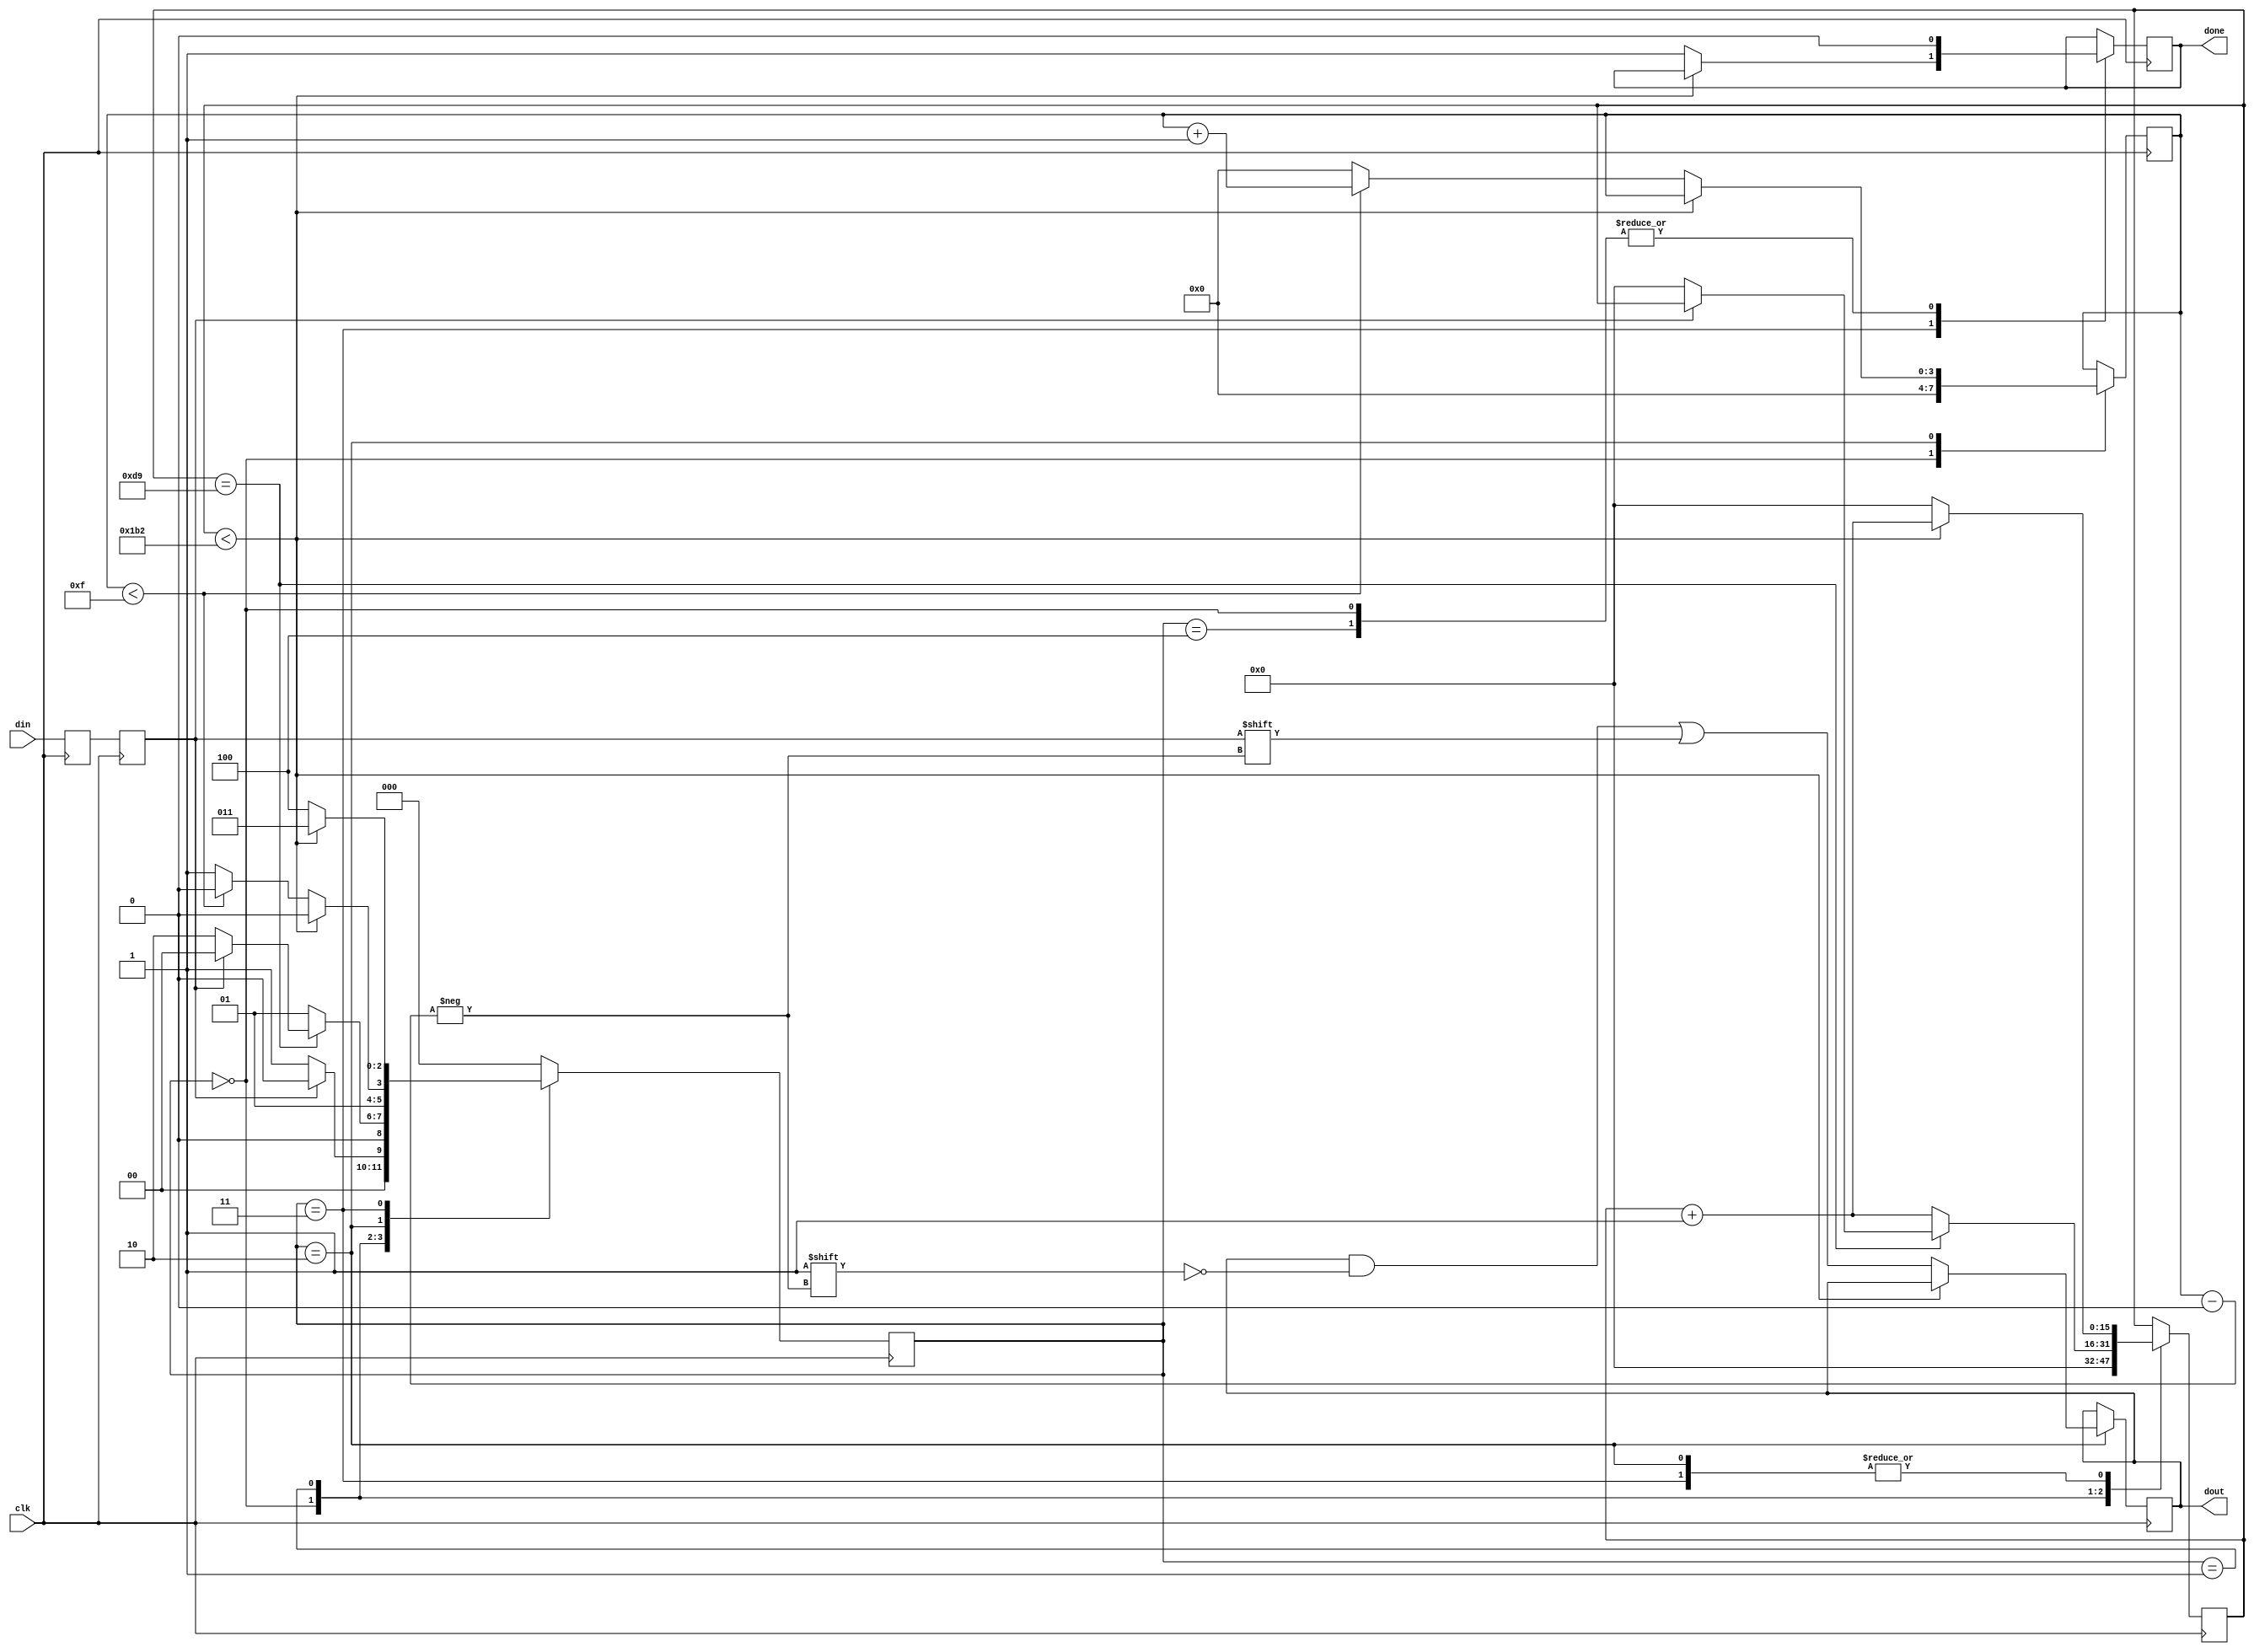
`timescale 1ns / 1ps

module uart_rx
  (
   input         clk,
   input         din,
   output        done,
   output [15:0] dout
   );
    
  // 50000000 / 115200 = 435
  parameter CLKS_PER_BIT = 435;	 
	 
  parameter s_IDLE         = 3'b000;
  parameter s_RX_START_BIT = 3'b001;
  parameter s_RX_DATA_BITS = 3'b010;
  parameter s_RX_STOP_BIT  = 3'b011;
  parameter s_CLEANUP      = 3'b100;
   
  reg           r_Rx_Data_R = 1'b1;
  reg           r_Rx_Data   = 1'b1;
   
  reg [15:0]     r_Clock_Count = 0;
  reg [3:0]      r_Bit_Index   = 0;
  reg [15:0]     r_Rx_Byte     = 0;
  reg            r_Rx_DV       = 0;
  reg [2:0]      r_SM_Main     = 0;
   
  // Purpose: Double-register the incoming data.
  // This allows it to be used in the UART RX Clock Domain.
  // (It removes problems caused by metastability)
  always @(posedge clk)
    begin
      r_Rx_Data_R <= din;
      r_Rx_Data   <= r_Rx_Data_R;
    end
   
   
  // Purpose: Control RX state machine
  always @(posedge clk)
    begin
       
      case (r_SM_Main)
        s_IDLE :
          begin
            r_Rx_DV       <= 1'b0;
            r_Clock_Count <= 0;
            r_Bit_Index   <= 0;
             
            if (r_Rx_Data == 1'b0)          // Start bit detected
              r_SM_Main <= s_RX_START_BIT;
            else
              r_SM_Main <= s_IDLE;
          end
         
        // Check middle of start bit to make sure it's still low
        s_RX_START_BIT :
          begin
            if (r_Clock_Count == (CLKS_PER_BIT-1)/2)
              begin
                if (r_Rx_Data == 1'b0)
                  begin
                    r_Clock_Count <= 0;  // reset counter, found the middle
                    r_SM_Main     <= s_RX_DATA_BITS;
                  end
                else
                  r_SM_Main <= s_IDLE;
              end
            else
              begin
                r_Clock_Count <= r_Clock_Count + 1;
                r_SM_Main     <= s_RX_START_BIT;
              end
          end // case: s_RX_START_BIT
         
         
        // Wait CLKS_PER_BIT-1 clock cycles to sample serial data
        s_RX_DATA_BITS :
          begin
            if (r_Clock_Count < CLKS_PER_BIT-1)
              begin
                r_Clock_Count <= r_Clock_Count + 1;
                r_SM_Main     <= s_RX_DATA_BITS;
              end
            else
              begin
                r_Clock_Count          <= 0;
                r_Rx_Byte[r_Bit_Index] <= r_Rx_Data;
                 
                // Check if we have received all bits
                if (r_Bit_Index < 15)
                  begin
                    r_Bit_Index <= r_Bit_Index + 1;
                    r_SM_Main   <= s_RX_DATA_BITS;
                  end
                else
                  begin
                    r_Bit_Index <= 0;
                    r_SM_Main   <= s_RX_STOP_BIT;
                  end
              end
          end // case: s_RX_DATA_BITS
     
     
        // Receive Stop bit.  Stop bit = 1
        s_RX_STOP_BIT :
          begin
            // Wait CLKS_PER_BIT-1 clock cycles for Stop bit to finish
            if (r_Clock_Count < CLKS_PER_BIT-1)
              begin
                r_Clock_Count <= r_Clock_Count + 1;
                r_SM_Main     <= s_RX_STOP_BIT;
              end
            else
              begin
                r_Rx_DV       <= 1'b1;
                r_Clock_Count <= 0;
                r_SM_Main     <= s_CLEANUP;
              end
          end // case: s_RX_STOP_BIT
     
         
        // Stay here 1 clock
        s_CLEANUP :
          begin
            r_SM_Main <= s_IDLE;
            r_Rx_DV   <= 1'b0;
          end
         
         
        default :
          r_SM_Main <= s_IDLE;
         
      endcase
    end   
   
  assign done   = r_Rx_DV;
  assign dout = r_Rx_Byte;
   
endmodule // uart_rx